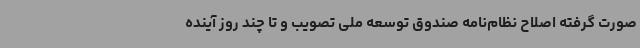
صورت گرفته اصلاح نظام‌نامه صندوق توسعه ملی تصویب و تا چند روز آینده